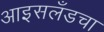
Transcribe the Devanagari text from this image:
आइसलँडचा